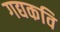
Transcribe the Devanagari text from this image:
गद्यकवि